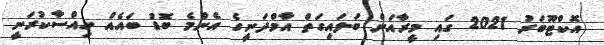
އޮކްޓޫބަރު 2021 ގައި މީރާއަށް ބަލައިގަތް އާމްދަނީގެ އެންމެ ބޮޑު ބައެއް ހިއްސާކުރަނީ